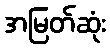
အမြတ်ဆုံး